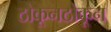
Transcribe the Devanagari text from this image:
ठोकूनठोकून